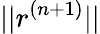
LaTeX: ||r^{(n+1)}||